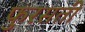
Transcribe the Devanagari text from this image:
फुरसती